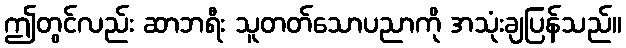
ဤတွင်လည်း ဆာဘရီး သူတတ်သောပညာကို အသုံးချပြန်သည်။